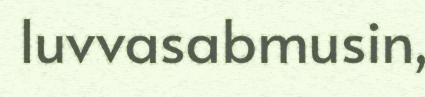
luvvasabmusin,